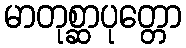
မာတုစ္ဆာပုတ္တော